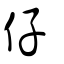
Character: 仔